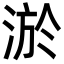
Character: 淤